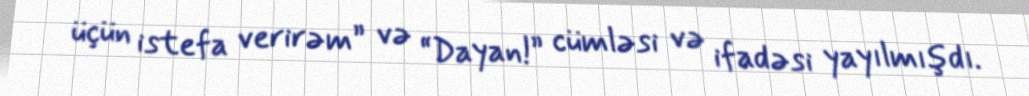
üçün istefa verirəm” və “Dayan!” cümləsi və ifadəsi yayılmışdı.